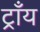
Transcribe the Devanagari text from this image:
ट्राँय